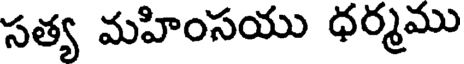
సత్య మహింసయు ధర్మము